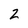
Character: 2